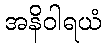
အနိဝါရယံ